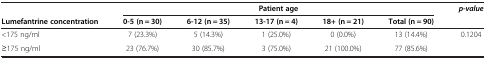
<table><thead><tr><td><b> </b></td><td colspan="5"><b>Patient age</b></td><td><b><i>p-value</i></b></td></tr><tr><td><b>Lumefantrine concentration</b></td><td><b>0-5 (n = 30)</b></td><td><b>6-12 (n = 35)</b></td><td><b>13-17 (n = 4)</b></td><td><b>18+ (n = 21)</b></td><td><b>Total (n = 90)</b></td><td><b> </b></td></tr></thead><tbody><tr><td>&lt;175 ng/ml</td><td>7 (23.3%)</td><td>5 (14.3%)</td><td>1 (25.0%)</td><td>0 (0.0%)</td><td>13 (14.4%)</td><td rowspan="2">0.1204</td></tr><tr><td>≥175 ng/ml</td><td>23 (76.7%)</td><td>30 (85.7%)</td><td>3 (75.0%)</td><td>21 (100.0%)</td><td>77 (85.6%)</td></tr></tbody></table>